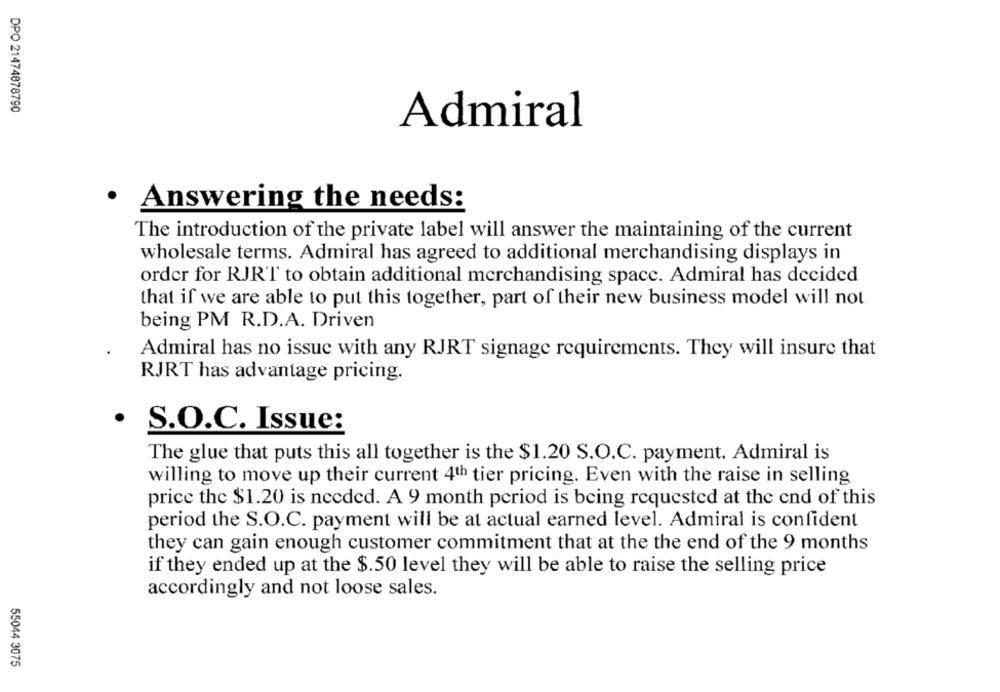
DPO 21474878790
Admiral
· Answering the needs:
The introduction of the private label will answer the maintaining of the current
wholesale terms. Admiral has agreed to additional merchandising displays in
order for RJR'T to obtain additional merchandising space. Admiral has decided
that if we are able to put this together, part of their new business model will not
being PM R.D.A. Driven
Admiral has no issue with any RJRT signage requirements. They will insure that
RJRT has advantage pricing.
.
S.O.C. Issue:
The glue that puts this all together is the $1.20 S.O.C. payment. Admiral is
willing to move up their current 4th tier pricing. Even with the raise in selling
price the $1.20 is needed. A 9 month period is being requested at the end of this
period the S.O.C. payment will be at actual earned level. Admiral is confident
they can gain enough customer commitment that at the the end of the 9 months
if they ended up at the $.50 level they will be able to raise the selling price
accordingly and not loose sales.
55044 3075